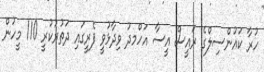
ހުރާ ކައުންސިލްގެ ރައީސް އީސާ އަހްމދު ވިދާޅުވީ ފެރީގައި ދަތުރުކުރީ 110 މީހުން